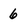
Character: 6